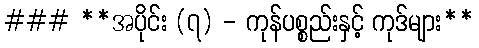
### **အပိုင်း (၇) - ကုန်ပစ္စည်းနှင့် ကုဒ်များ**